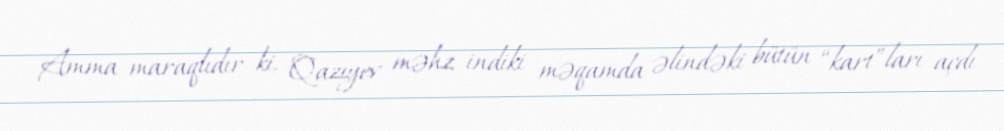
Amma maraqlıdır ki, Qazıyev məhz indiki məqamda əlindəki bütün “kart”ları açdı